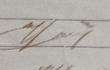
Signature authenticity: genuine